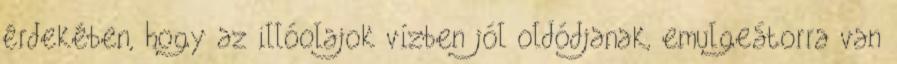
érdekében, hogy az illóolajok vízben jól oldódjanak, emulgeátorra van